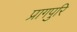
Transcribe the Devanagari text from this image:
प्रागपुरि